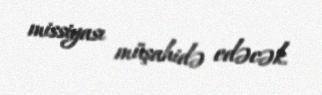
missiyası müşahidə edəcək.